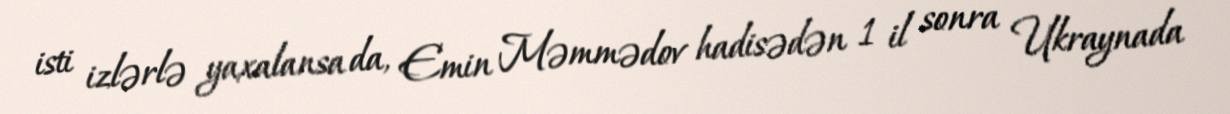
isti izlərlə yaxalansa da, Emin Məmmədov hadisədən 1 il sonra Ukraynada